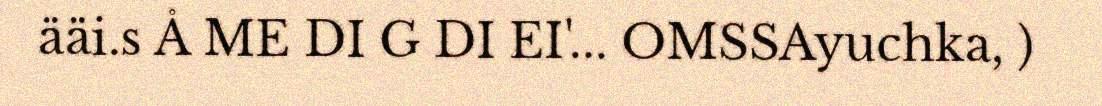
ääi.s Å ME DI G DI EI'... OMSSAyuchka, )